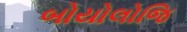
બોયોલોજિ